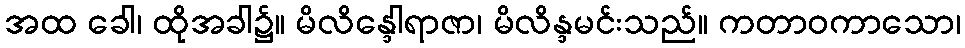
အထ ခေါ၊ ထိုအခါ၌။ မိလိန္ဒေါရာဇာ၊ မိလိန္ဒမင်းသည်။ ကတာဝကာသော၊